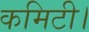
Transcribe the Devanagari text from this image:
कमिटी।